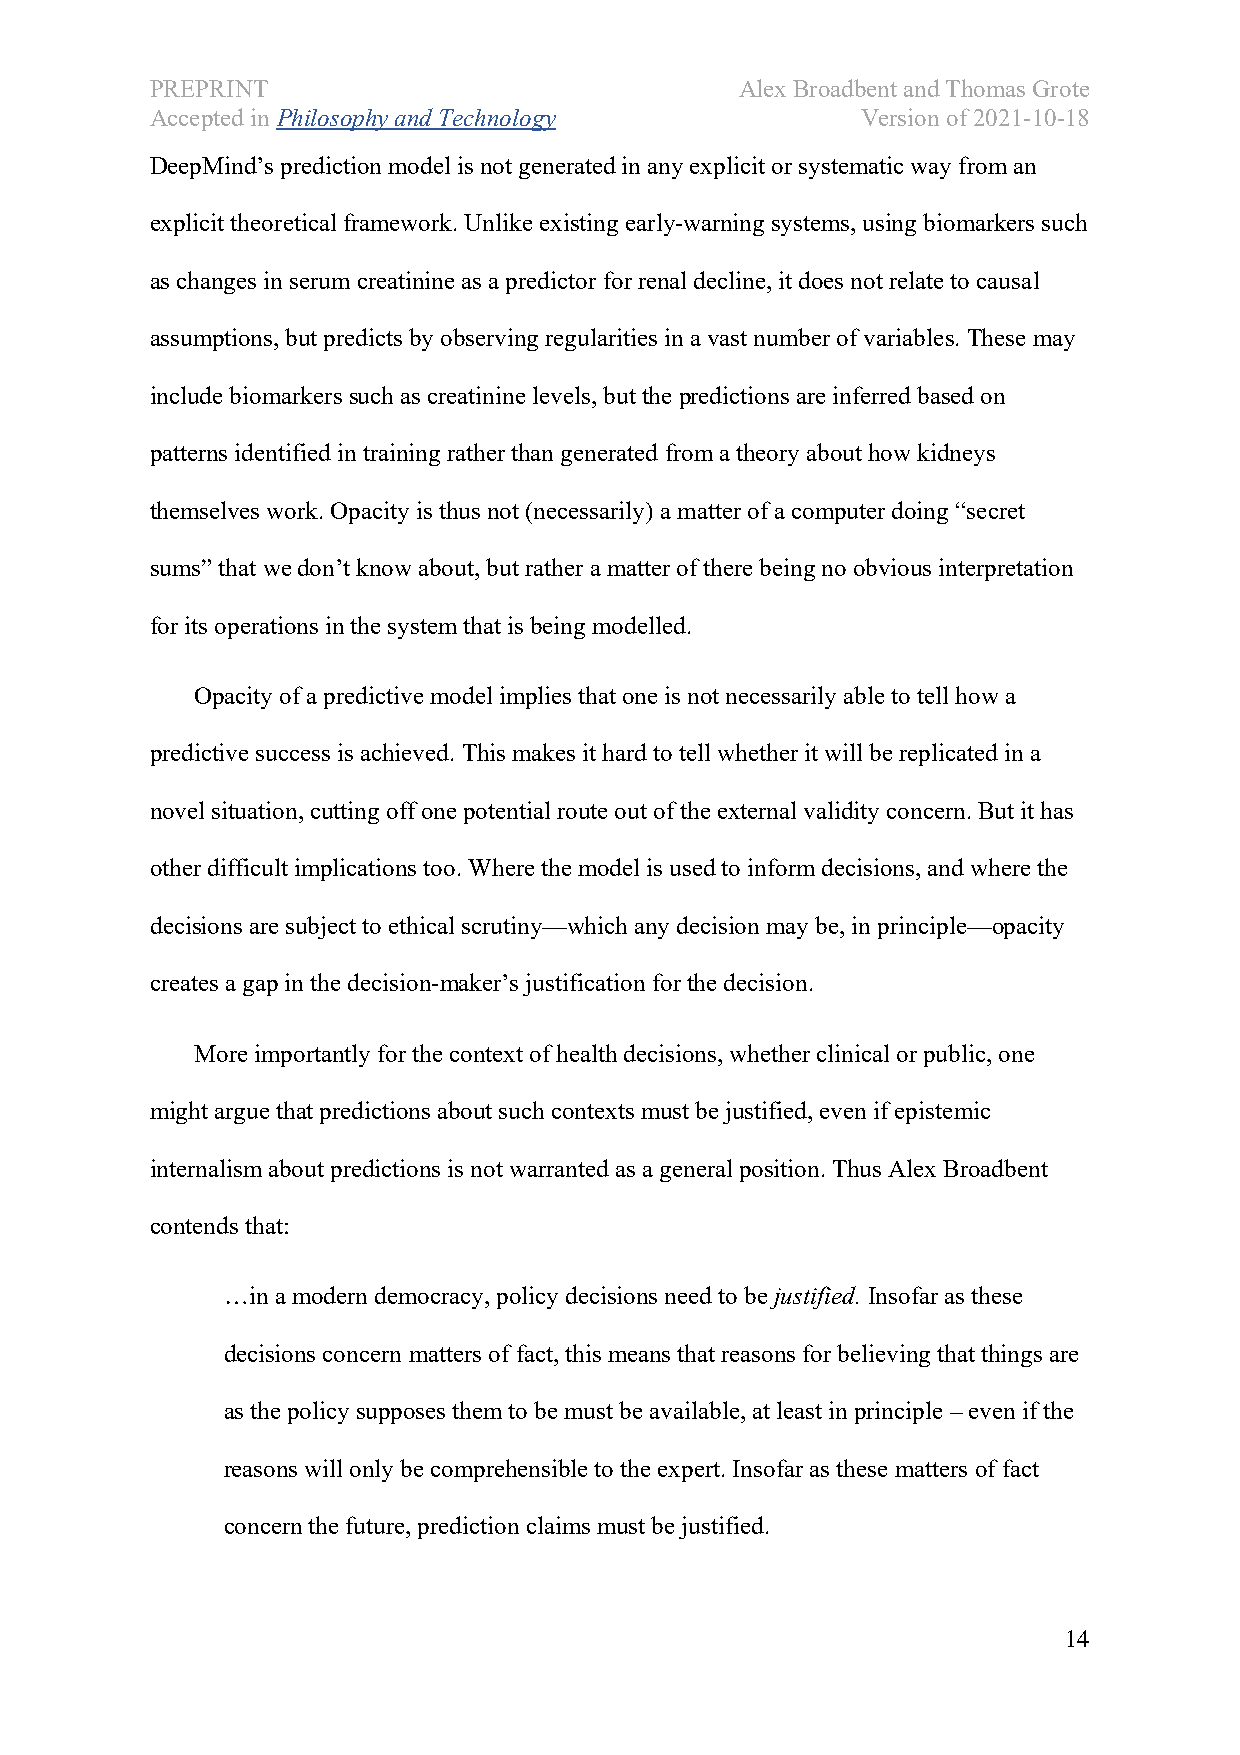
PREPRINT                               Alex Broadbent and Thomas Grote
 Accepted in Philosophy and Technology          Version of 2021-10-18
 DeepMind’s prediction model is not generated in any explicit or systematic way from an
 explicit theoretical framework. Unlike existing early-warning systems, using biomarkers such
 as changes in serum creatinine as a predictor for renal decline, it does not relate to causal
 assumptions, but predicts by observing regularities in a vast number of variables. These may
 include biomarkers such as creatinine levels, but the predictions are inferred based on
 patterns identified in training rather than generated from a theory about how kidneys
 themselves work. Opacity is thus not (necessarily) a matter of a computer doing “secret
 sums” that we don’t know about, but rather a matter of there being no obvious interpretation
 for its operations in the system that is being modelled.
 Opacity of a predictive model implies that one is not necessarily able to tell how a
 predictive success is achieved. This makes it hard to tell whether it will be replicated in a
 novel situation, cutting off one potential route out of the external validity concern. But it has
 other difficult implications too. Where the model is used to inform decisions, and where the
 decisions are subject to ethical scrutiny—which any decision may be, in principle—opacity
 creates a gap in the decision-maker’s justification for the decision.
 More importantly for the context of health decisions, whether clinical or public, one
 might argue that predictions about such contexts must be justified, even if epistemic
 internalism about predictions is not warranted as a general position. Thus Alex Broadbent
 contends that:
 …in a modern democracy, policy decisions need to be justified. Insofar as these
 decisions concern matters of fact, this means that reasons for believing that things are
 as the policy supposes them to be must be available, at least in principle – even if the
 reasons will only be comprehensible to the expert. Insofar as these matters of fact
 concern the future, prediction claims must be justified.
 14